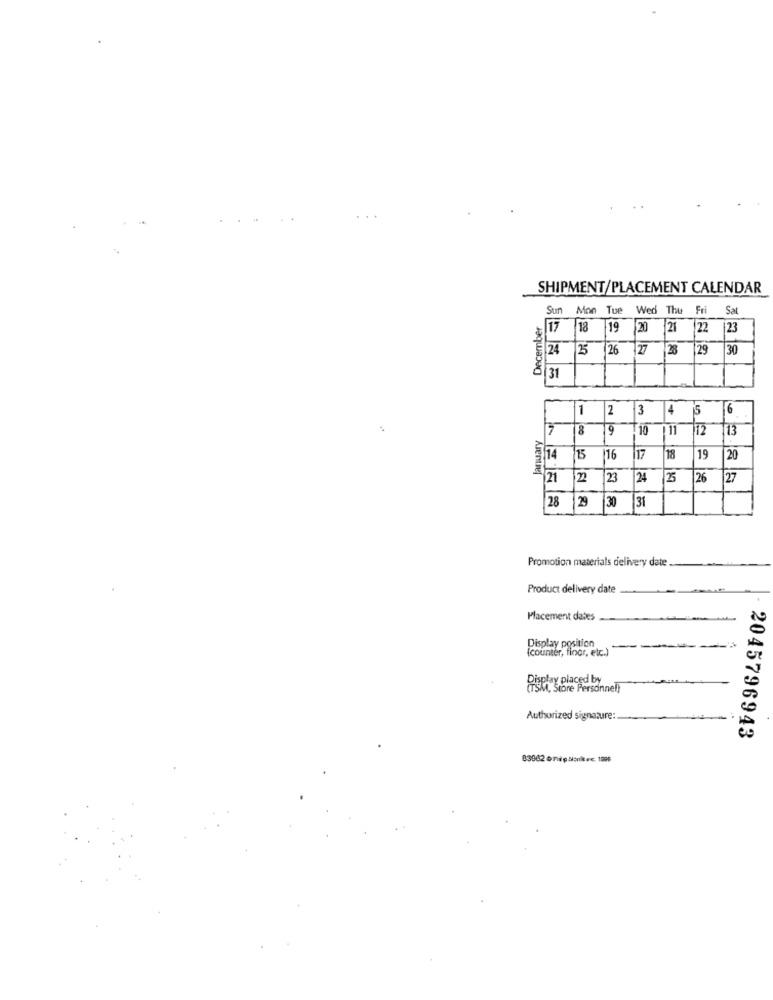
SHIPMENT/PLACEMENT CALENDAR
December
Sun Mon Tue Wed Thu Fri Sat
17 18 19 20 21 22 23
524 25 26 27 28 29
30
31
1
2
3
4
6
17
8
9 10
11 12
13
14
15
16
117
18
19
20
Aientng
21
2
23
124
25
26
27
28
29
[30
31
Promotion materials delivery date
Product delivery date
Placement dates
Display position
(counter, floor, etc.)
Display placed by
SM, Store Personnel)
Authorized signature:
2045796943
83962 0Tip Sonk.c. 1996